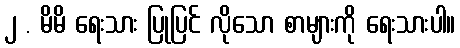
၂ . မိမိ ရေးသား ပြုပြင် လိုသော စာများကို ရေးသားပါ။